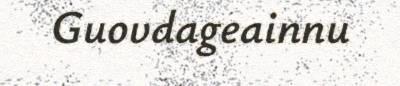
Guovdageainnu